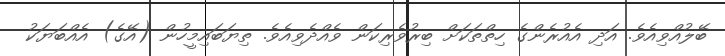
ބޭލުއްވިއެވެ. އަދި އެއުރެންގެ ހިތްތަކަށް ބިރުވެރިކަން ވެއްދެވިއެވެ. ތިޔަބައިމީހުން (އޭގެ) އެއްބަޔަކު